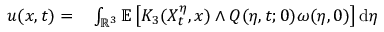
\begin{array} { r l } { u ( x , t ) = } & { { } \int _ { \mathbb { R } ^ { 3 } } \mathbb { E } \left[ K _ { 3 } ( X _ { t } ^ { \eta } , x ) \wedge Q ( \eta , t ; 0 ) \omega ( \eta , 0 ) \right] \mathrm { d } \eta } \end{array}